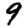
Digit: 9